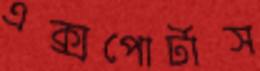
এক্সপোর্টাস